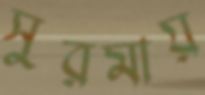
সুরমায়